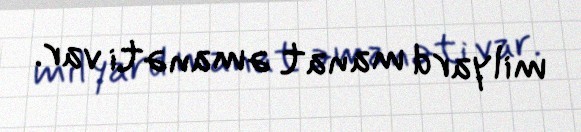
milyard manat əmanəti var.